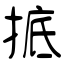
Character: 掋